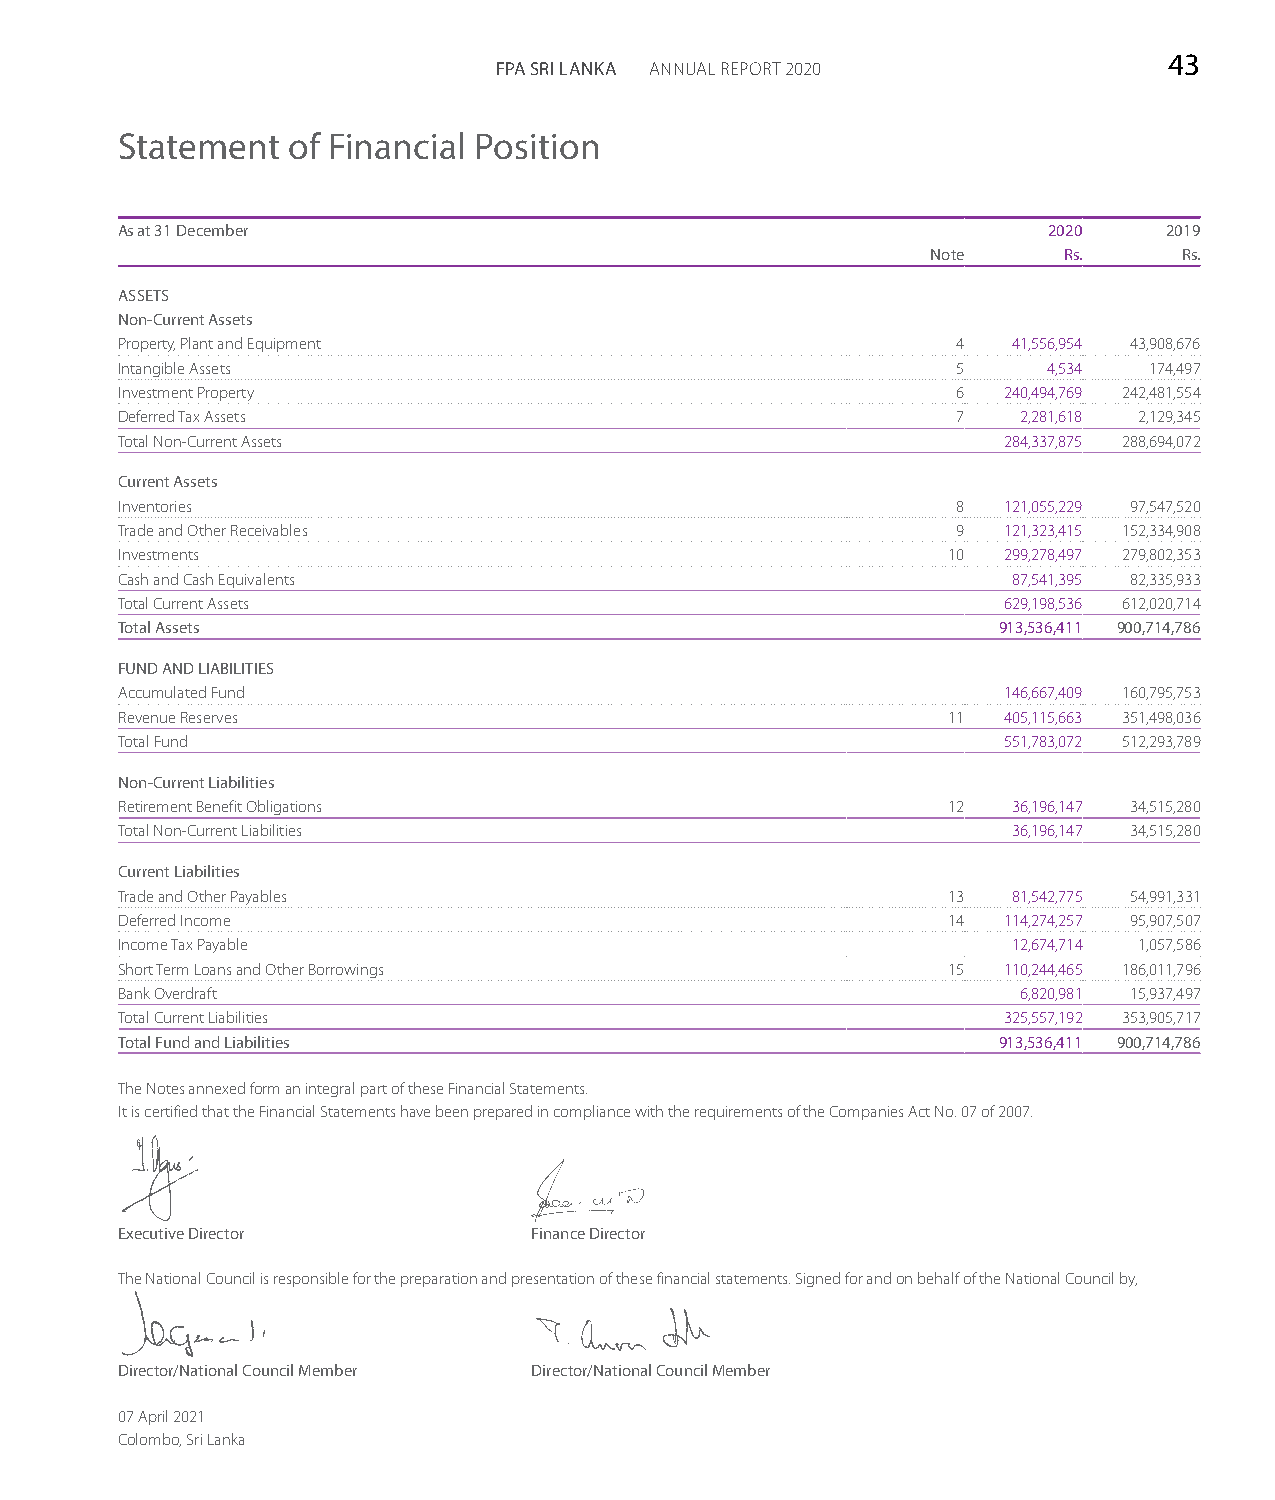
43
 FPA SRI LANKA ANNUAL REPORT 2020
 Statement  of Financial Position
 As at 31 December                                            2020    2019
 Note    Rs.     Rs.
 ASSETS
 Non-Current Assets
 Property, Plant and Equipment                          4   41,556,954 43,908,676
 Intangible Assets                                      5     4,534  174,497
 Investment Property                                    6  240,494,769 242,481,554
 Deferred Tax Assets                                    7    2,281,618 2,129,345
 Total Non-Current Assets                                  284,337,875 288,694,072
 Current Assets
 Inventories                                            8  121,055,229 97,547,520
 Trade and Other Receivables                            9  121,323,415 152,334,908
 Investments                                            10 299,278,497 279,802,353
 Cash and Cash Equivalents                                  87,541,395 82,335,933
 Total Current Assets                                      629,198,536 612,020,714
 Total Assets                                              913,536,411 900,714,786
 FUND AND LIABILITIES
 Accumulated Fund                                          146,667,409 160,795,753
 Revenue Reserves                                       11 405,115,663 351,498,036
 Total Fund                                                551,783,072 512,293,789
 Non-Current Liabilities
 Retirement Benefit Obligations                         12  36,196,147 34,515,280
 Total Non-Current Liabilities                              36,196,147 34,515,280
 Current Liabilities
 Trade and Other Payables                               13  81,542,775 54,991,331
 Deferred Income                                        14 114,274,257 95,907,507
 Income Tax Payable                                         12,674,714 1,057,586
 Short Term Loans and Other Borrowings                  15 110,244,465 186,011,796
 Bank Overdraft                                              6,820,981 15,937,497
 Total Current Liabilities                                 325,557,192 353,905,717
 Total Fund and Liabilities                                913,536,411 900,714,786
 The Notes annexed form an integral part of these Financial Statements.
 It is certified that the Financial Statements have been prepared in compliance with the requirements of the Companies Act No. 07 of 2007.
 Executive Director         Finance Director
 The National Council is responsible for the preparation and presentation of these financial statements. Signed for and on behalf of the National Council by,
 Director/National Council Member Director/National Council Member
 07 April 2021
 Colombo, Sri Lanka